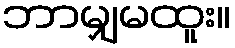
ဘာမျှမထူး။